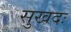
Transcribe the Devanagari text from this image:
सुखदः